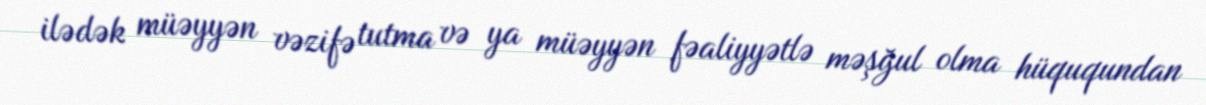
ilədək müəyyən vəzifə tutma və ya müəyyən fəaliyyətlə məşğul olma hüququndan